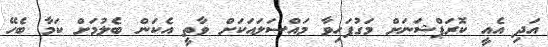
އަދި އެއީ ކޮރަޕްޝަނަށް މަގުފަހިވާ މައްސަލައަކަށް ވާތީ އެކަން ބެލުމަށް ކަމާ ބެހޭ